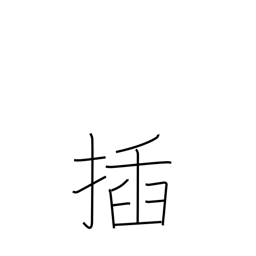
Meaning: stick into